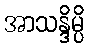
အာသန္ဒိမ္ပိ